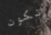
تكون